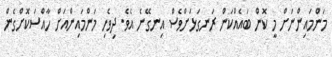
މަންމައިންނަށް މީ ކޮން ބައެއްކަން ރަނގަޅަށްވެސް އިނގޭނެ އެވެ. ދިވެހި މަންމައިންއަށް ހާއްސަކޮށްގެން